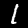
Digit: 1